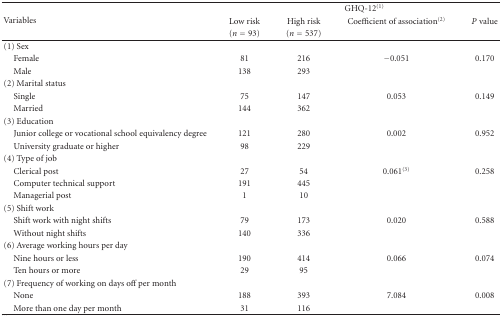
<table><thead><tr><td rowspan="3"><b>Variables</b></td><td colspan="4"><b>GHQ-12<sup>(1)</sup></b></td></tr><tr><td><b>Low risk</b></td><td><b>High risk</b></td><td><b>Coefficient of association<sup>(2)</sup></b></td><td><b><i>P</i> value</b></td></tr><tr><td><b>(<i>n</i> = 93)</b></td><td><b>(<i>n</i> = 537)</b></td><td></td><td></td></tr></thead><tbody><tr><td>(1) Sex</td><td> </td><td> </td><td> </td><td> </td></tr><tr><td> Female</td><td>81</td><td>216</td><td>−0.051</td><td>0.170 </td></tr><tr><td> Male</td><td>138</td><td>293</td><td></td><td></td></tr><tr><td>(2) Marital status</td><td></td><td></td><td> </td><td> </td></tr><tr><td> Single</td><td>75</td><td>147</td><td>0.053</td><td>0.149 </td></tr><tr><td> Married</td><td>144</td><td>362</td><td></td><td></td></tr><tr><td>(3) Education</td><td> </td><td> </td><td> </td><td> </td></tr><tr><td> Junior college or vocational school equivalency degree</td><td>121</td><td>280</td><td>0.002</td><td>0.952 </td></tr><tr><td> University graduate or higher</td><td>98</td><td>229</td><td></td><td></td></tr><tr><td>(4) Type of job</td><td></td><td></td><td> </td><td> </td></tr><tr><td> Clerical post</td><td>27</td><td>54</td><td>0.061<sup>(3)</sup></td><td>0.258 </td></tr><tr><td> Computer technical support</td><td>191</td><td>445</td><td> </td><td> </td></tr><tr><td> Managerial post</td><td>1</td><td>10</td><td></td><td></td></tr><tr><td>(5) Shift work</td><td> </td><td> </td><td> </td><td> </td></tr><tr><td> Shift work with night shifts</td><td>79</td><td>173</td><td>0.020 </td><td>0.588 </td></tr><tr><td> Without night shifts</td><td>140</td><td>336</td><td></td><td></td></tr><tr><td>(6) Average working hours per day </td><td> </td><td> </td><td> </td><td> </td></tr><tr><td> Nine hours or less</td><td>190</td><td>414</td><td>0.066 </td><td>0.074 </td></tr><tr><td> Ten hours or more</td><td>29</td><td>95</td><td></td><td></td></tr><tr><td>(7) Frequency of working on days off per month</td><td></td><td></td><td> </td><td> </td></tr><tr><td> None</td><td>188</td><td>393</td><td>7.084 </td><td>0.008 </td></tr><tr><td> More than one day per month</td><td>31</td><td>116</td><td></td><td></td></tr></tbody></table>